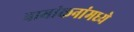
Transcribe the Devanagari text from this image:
नामांकनांमध्ये